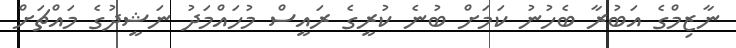
ނާޒިމްގެ އަބުރާ ބެހުނު ކަމަށް ބުނެ ކުރީގެ ރައީސް މުހައްމަދު ނަޝީދުގެ މައްޗަށް